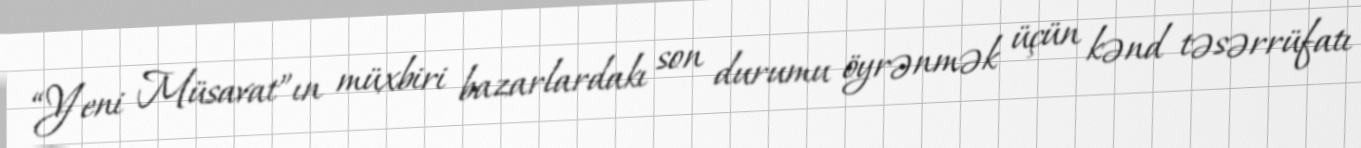
“Yeni Müsavat”ın müxbiri bazarlardakı son durumu öyrənmək üçün kənd təsərrüfatı